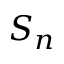
S _ { n }